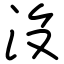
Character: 沒